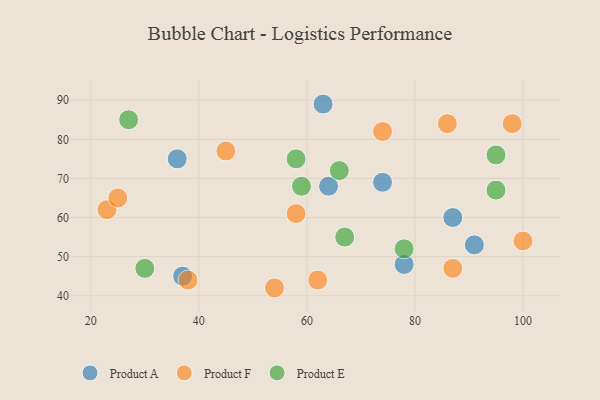
{"axis": {"x": "GDP", "y": "Life Expectancy"}, "legend": ["Product A", "Product E", "Product F"], "data": [{"x": "91", "y": 53, "type": "Product A"}, {"x": "64", "y": 68, "type": "Product A"}, {"x": "78", "y": 48, "type": "Product A"}, {"x": "63", "y": 89, "type": "Product A"}, {"x": "74", "y": 69, "type": "Product A"}, {"x": "37", "y": 45, "type": "Product A"}, {"x": "36", "y": 75, "type": "Product A"}, {"x": "87", "y": 60, "type": "Product A"}, {"x": "38", "y": 44, "type": "Product F"}, {"x": "86", "y": 84, "type": "Product F"}, {"x": "23", "y": 62, "type": "Product F"}, {"x": "62", "y": 44, "type": "Product F"}, {"x": "54", "y": 42, "type": "Product F"}, {"x": "100", "y": 54, "type": "Product F"}, {"x": "58", "y": 61, "type": "Product F"}, {"x": "98", "y": 84, "type": "Product F"}, {"x": "74", "y": 82, "type": "Product F"}, {"x": "45", "y": 77, "type": "Product F"}, {"x": "25", "y": 65, "type": "Product F"}, {"x": "87", "y": 47, "type": "Product F"}, {"x": "66", "y": 72, "type": "Product E"}, {"x": "27", "y": 85, "type": "Product E"}, {"x": "30", "y": 47, "type": "Product E"}, {"x": "67", "y": 55, "type": "Product E"}, {"x": "78", "y": 52, "type": "Product E"}, {"x": "95", "y": 67, "type": "Product E"}, {"x": "59", "y": 68, "type": "Product E"}, {"x": "58", "y": 75, "type": "Product E"}, {"x": "95", "y": 76, "type": "Product E"}]}